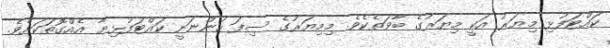
ކައްޓަފުޅި މިޔަރު އަކީ މިޔަރުގެ ބާވަތެކެވެ. މިމިޔަރުގެ ސިފަ ހުންނަނީ ކައްޓަފުޅިޔާ އެއްގޮތަކަށެވެ.